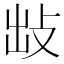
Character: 𢼍